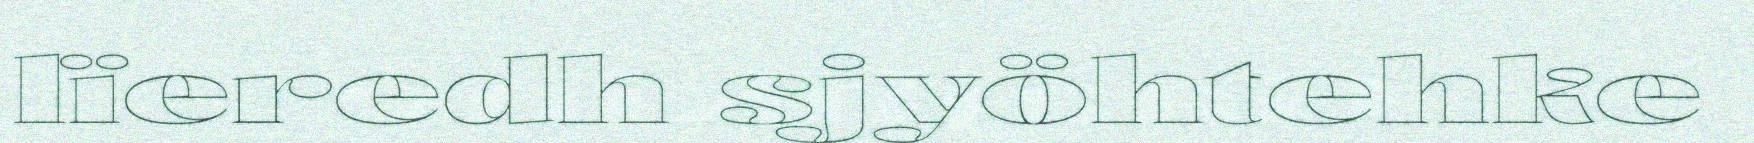
lïeredh sjyöhtehke